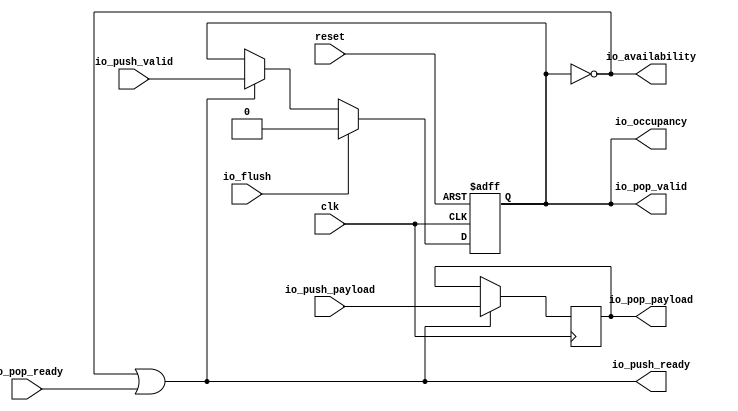
// Generator : SpinalHDL v1.4.3    git head : adf552d8f500e7419fff395b7049228e4bc5de26
// Component : StreamFifo
// Git hash  : adf552d8f500e7419fff395b7049228e4bc5de26



module StreamFifo (
  input               io_push_valid,
  output              io_push_ready,
  input      [31:0]   io_push_payload,
  output              io_pop_valid,
  input               io_pop_ready,
  output     [31:0]   io_pop_payload,
  input               io_flush,
  output     [0:0]    io_occupancy,
  output     [0:0]    io_availability,
  input               clk,
  input               reset
);
  wire                io_push_m2sPipe_valid;
  wire                io_push_m2sPipe_ready;
  wire       [31:0]   io_push_m2sPipe_payload;
  reg                 io_push_m2sPipe_rValid;
  reg        [31:0]   io_push_m2sPipe_rData;

  assign io_push_ready = ((1'b1 && (! io_push_m2sPipe_valid)) || io_push_m2sPipe_ready);
  assign io_push_m2sPipe_valid = io_push_m2sPipe_rValid;
  assign io_push_m2sPipe_payload = io_push_m2sPipe_rData;
  assign io_pop_valid = io_push_m2sPipe_valid;
  assign io_push_m2sPipe_ready = io_pop_ready;
  assign io_pop_payload = io_push_m2sPipe_payload;
  assign io_occupancy = io_pop_valid;
  assign io_availability = (! io_pop_valid);
  always @ (posedge clk or posedge reset) begin
    if (reset) begin
      io_push_m2sPipe_rValid <= 1'b0;
    end else begin
      if(io_push_ready)begin
        io_push_m2sPipe_rValid <= io_push_valid;
      end
      if(io_flush)begin
        io_push_m2sPipe_rValid <= 1'b0;
      end
    end
  end

  always @ (posedge clk) begin
    if(io_push_ready)begin
      io_push_m2sPipe_rData <= io_push_payload;
    end
  end


endmodule